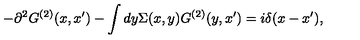
- \partial ^ { 2 } G ^ { ( 2 ) } ( x , x ^ { \prime } ) - \int d y \Sigma ( x , y ) G ^ { ( 2 ) } ( y , x ^ { \prime } ) = i \delta ( x - x ^ { \prime } ) ,